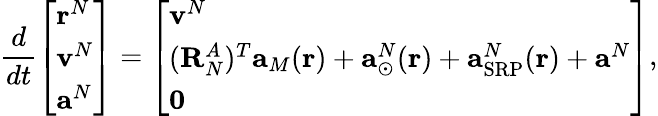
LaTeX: \frac{d}{dt}\left[\begin{array}{l}{\mathbf{r}^{N}}\\ {\mathbf{v}^{N}}\\ {\mathbf{a}^{N}}\end{array}\right]=\left[\begin{array}{l}{\mathbf{v}^{N}}\\ {(\mathbf{R}_{N}^{A})^{T}\mathbf{a}_{M}(\mathbf{r})+\mathbf{a}_{\odot}^{N}(\mathbf{r})+\mathbf{a}_{\mathrm{SRP}}^{N}(\mathbf{r})+\mathbf{a}^{N}}\\ {\mathbf{0}}\end{array}\right],